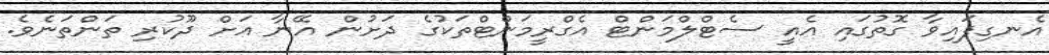
އެނގިފައިވާ ގޮތުގައި އެއީ ސެޓްލްމަންޓް އެގްރީމަންޓްތަކުގެ ދަށުން އޭނާ އަށް ދޫކުރި ތަންތަނެވެ.